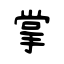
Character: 掌